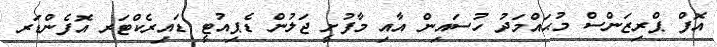
އޮފް ޕްރިޒަންސް މުޙައްމަދު ހުސައިން އާއި މާފުށީ ޖަލުން ޑެޕިއުޓީ ޑައިރެކްޓަރ އޮފެންޑަރ